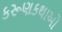
કરૂણકથાઓ